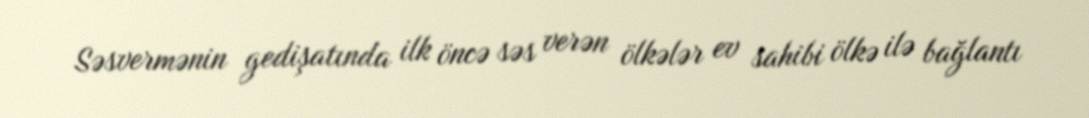
Səsvermənin gedişatında ilk öncə səs verən ölkələr ev sahibi ölkə ilə bağlantı